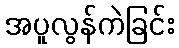
အပူလွန်ကဲခြင်း